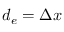
d _ { e } = \Delta x